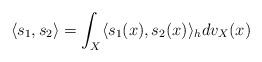
LaTeX: \begin{align*}\langle s_1,s_2 \rangle=\int_X \langle s_1(x), s_2(x) \rangle_h dv_X(x)\end{align*}